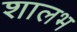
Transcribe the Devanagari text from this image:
शालभ